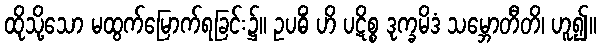
ထိုသို့သော မထွက်မြောက်ရခြင်း၌။ ဥပဓိံ ဟိ ပဋိစ္စ ဒုက္ခမိဒံ သမ္ဘောတီတိ၊ ဟူ၍။